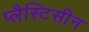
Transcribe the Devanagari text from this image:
प्लैस्टिसीन